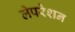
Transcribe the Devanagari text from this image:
लेपरेशन